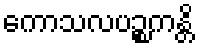
ကောသလပဉ္စကန္တိ